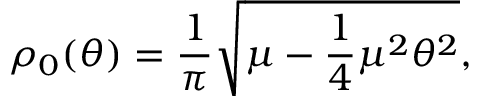
\rho _ { 0 } ( \theta ) = \frac { 1 } { \pi } \sqrt { \mu - \frac { 1 } { 4 } \mu ^ { 2 } \theta ^ { 2 } } ,